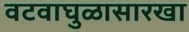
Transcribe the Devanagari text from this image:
वटवाघुळासारखा